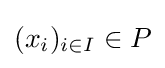
(x_{i})_{i\in I}\in P